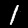
Digit: 1